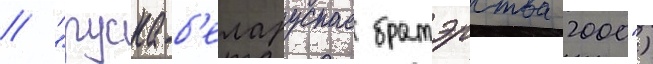
// "руска-б'еларускае братэрства 2000")